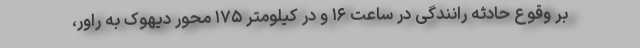
بر وقوع حادثه رانندگی در ساعت ۱۶ و در کیلومتر ۱۷۵ محور دیهوک به راور،